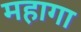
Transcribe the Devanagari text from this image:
महागा